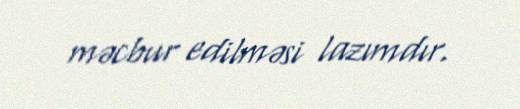
məcbur edilməsi lazımdır.